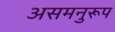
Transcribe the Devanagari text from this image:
असमनुरूप